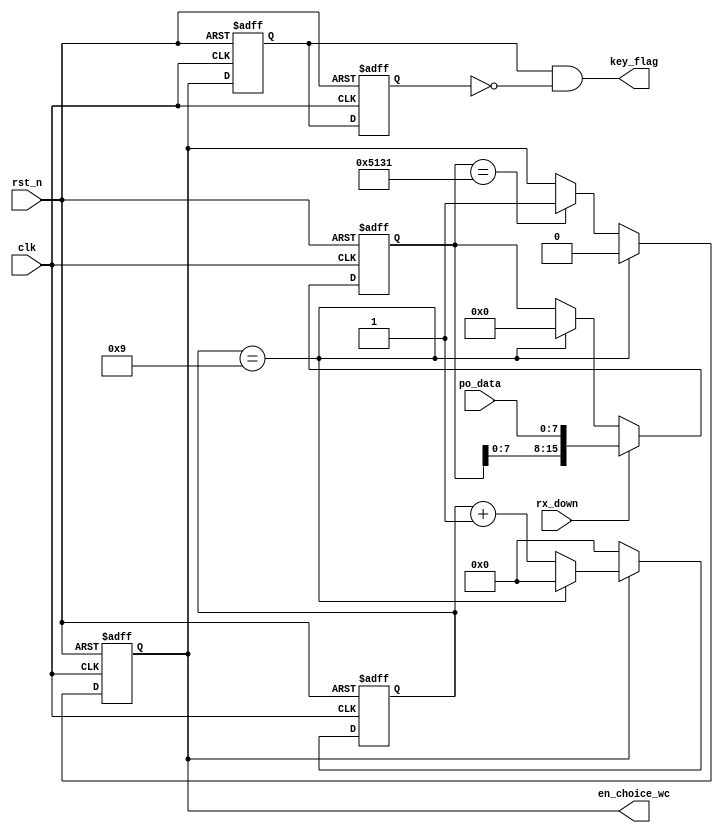
module power_voice_wc(
    clk,
	rst_n,
	po_data,
	rx_down,
    key_flag,
	en_choice_wc
    );

input clk;
input rst_n;
input [7:0]po_data;
input rx_down;
output key_flag;
output en_choice_wc;


parameter inst1 = "Q1"; //
reg [15:0]com;
reg key_state;
reg [3:0]count;
reg temp1;
reg temp2;

assign key_flag = temp1 & (~temp2);

assign en_choice_wc = key_state;

// 
always @(posedge clk or negedge rst_n)
    if(!rst_n)
	    temp1 <= 0;
	else 
	    temp1 <= key_state;
		
always @(posedge clk or negedge rst_n)
    if(!rst_n)
	    temp2 <= 0;
	else 
	    temp2 <= temp1;

always @(posedge clk or negedge rst_n)
    if(!rst_n)
	    com <= 0;
	else if( rx_down )
	    com <= {com[7:0],po_data};
	else if(count == 9)
	    com <= 0;
	else 
	    com <= com;
		

always @(posedge clk or negedge rst_n)
    if(!rst_n)
	    key_state <= 0;
	else if(count == 9)
	    key_state <= 0;
	else if(com == inst1)
	    key_state <= 1;
	else 
	    key_state <= key_state;
			

always @(posedge clk or negedge rst_n)
    if(!rst_n)
        count <= 0;
    else if(key_state)
	    if(count == 9)
		    count <= 0;
		else 
            count <= count + 1'b1; 
    else 
        count <= 0;	
	
	
	
endmodule